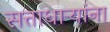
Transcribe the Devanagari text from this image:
सत्ताधाऱ्यांना